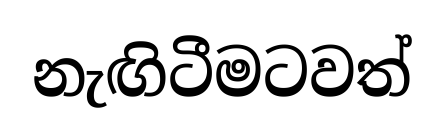
නැඟිටීමටවත්